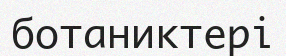
ботаниктері